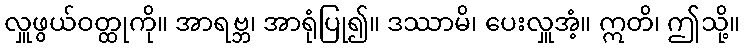
လှူဖွယ်ဝတ္ထုကို။ အာရဗ္ဘ၊ အာရုံပြု၍။ ဒဿာမိ၊ ပေးလှူအံ့။ ဣတိ၊ ဤသို့။